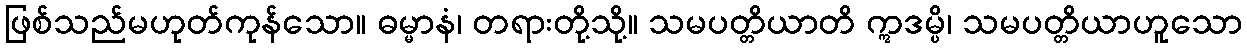
ဖြစ်သည်မဟုတ်ကုန်သော။ ဓမ္မာနံ၊ တရားတို့သို့။ သမပတ္တိယာတိ ဣဒမ္ပိ၊ သမပတ္တိယာဟူသော